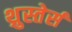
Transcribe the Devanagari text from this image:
थ्रुस्तेर्स